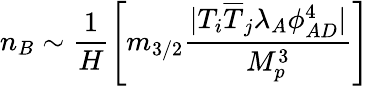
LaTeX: n_{B}\sim\frac{1}{H}\left[m_{3/2}\frac{|T_{i}\overline{{{T}}}_{j}\lambda_{A}\phi_{AD}^{4}|}{M_{p}^{3}}\right]